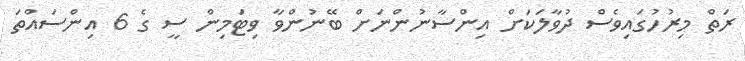
ރަތް މިރުހުގައިވެސް ދުވާލަކަށް އިންސާނުންނަށް ބޭނުންވާ ވިޓަމިން ސީ ގެ 6 އިންސައްތަ